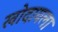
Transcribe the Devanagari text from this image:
खोदायला